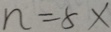
n = 8 x